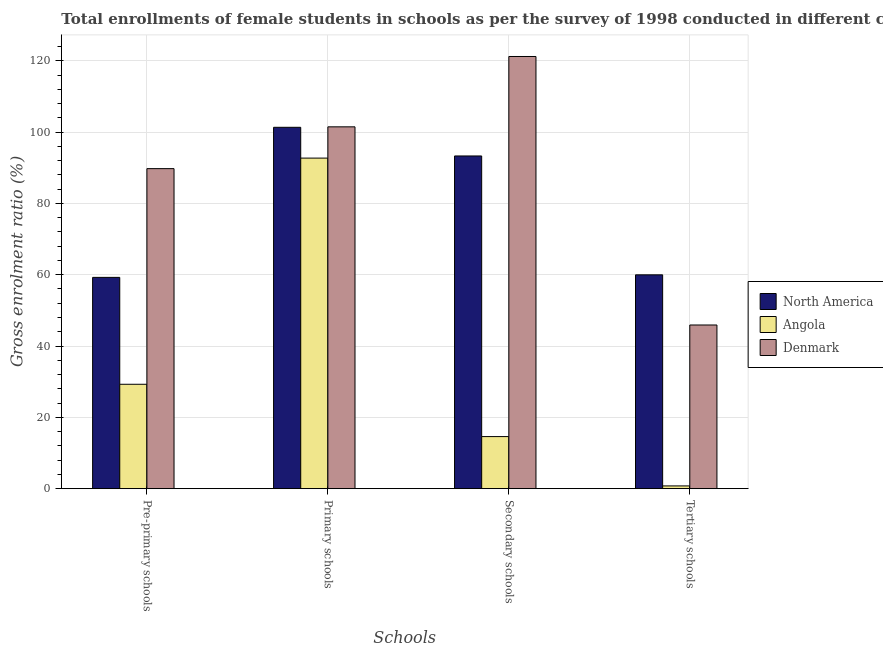
| Schools | North America | Angola | Denmark |
 | --- | --- | --- | --- |
 | Pre-primary schools | 59.3 | 29.3 | 89.8 |
 | Primary schools | 101 | 92.7 | 101 |
 | Secondary schools | 93.3 | 14.6 | 121 |
 | Tertiary schools | 60 | 0.775 | 45.9 |